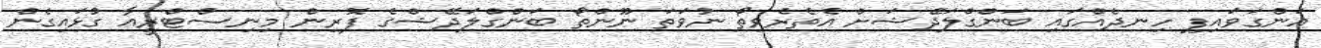
އަންގަވައިފި ހިނދެއްގައި ބަންގްލަދޭޝަށް އެތެރެވިތޯ ނުވަތަ ނޫންތޯ ބަންގްލަދޭޝްގެ ފޮރިން މިނިސްޓްރީއާ ގުޅައިގެން